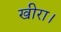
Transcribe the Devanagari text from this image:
खीरा।